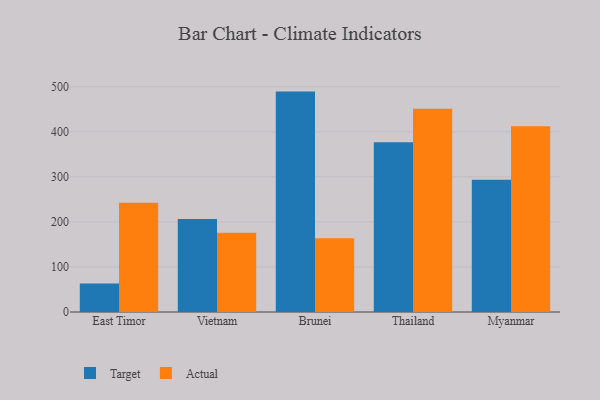
{"axis": {"x": "Country", "y": "Headcount"}, "legend": ["Actual", "Target"], "data": [{"x": "East Timor", "y": 63.1, "type": "Target"}, {"x": "East Timor", "y": 242.6, "type": "Actual"}, {"x": "Vietnam", "y": 206.3, "type": "Target"}, {"x": "Vietnam", "y": 175.8, "type": "Actual"}, {"x": "Brunei", "y": 489.2, "type": "Target"}, {"x": "Brunei", "y": 163.5, "type": "Actual"}, {"x": "Thailand", "y": 376.5, "type": "Target"}, {"x": "Thailand", "y": 451.2, "type": "Actual"}, {"x": "Myanmar", "y": 293.6, "type": "Target"}, {"x": "Myanmar", "y": 412.1, "type": "Actual"}]}